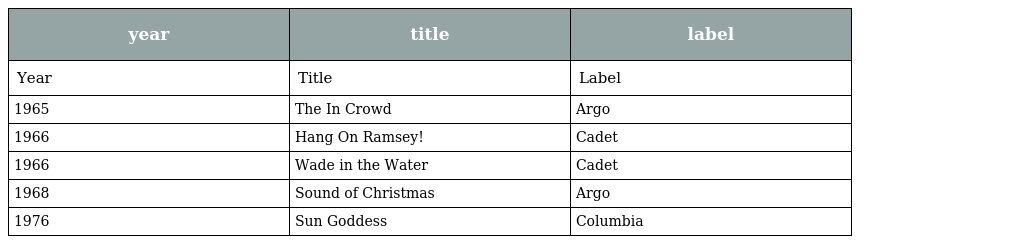
| year | title | label |
 | --- | --- | --- |
 | Year | Title | Label |
 | 1965 | The In Crowd | Argo |
 | 1966 | Hang On Ramsey! | Cadet |
 | 1966 | Wade in the Water | Cadet |
 | 1968 | Sound of Christmas | Argo |
 | 1976 | Sun Goddess | Columbia |